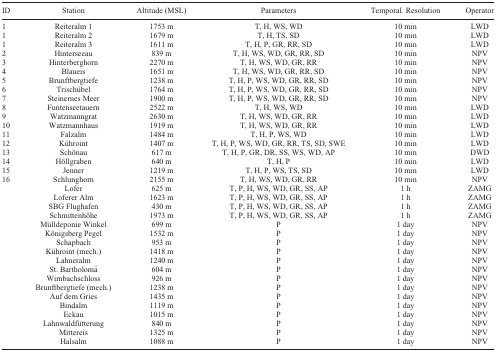
<table><thead><tr><td><b>ID</b></td><td><b>Station</b></td><td><b>Altitude (MSL)</b></td><td><b>Parameters</b></td><td><b>Temporal. Resolution</b></td><td><b>Operator</b></td></tr></thead><tbody><tr><td>1</td><td>Reiteralm 1</td><td>1753 m</td><td>T, H, WS, WD</td><td>10 min</td><td>LWD</td></tr><tr><td>1</td><td>Reiteralm 2</td><td>1679 m</td><td>T, H, TS, SD</td><td>10 min</td><td>LWD</td></tr><tr><td>1</td><td>Reiteralm 3</td><td>1611 m</td><td>T, H, P, GR, RR, SD</td><td>10 min</td><td>LWD</td></tr><tr><td>2</td><td>Hinterseeau</td><td>839 m</td><td>T, H, WS, WD, GR, RR, SD</td><td>10 min</td><td>NPV</td></tr><tr><td>3</td><td>Hinterberghorn</td><td>2270 m</td><td>T, H, WS, WD, GR, RR</td><td>10 min</td><td>NPV</td></tr><tr><td>4</td><td>Blaueis</td><td>1651 m</td><td>T, H, WS, WD, GR, RR, SD</td><td>10 min</td><td>NPV</td></tr><tr><td>5</td><td>Brunftbergtiefe</td><td>1238 m</td><td>T, H, P, WS, WD, GR, RR, SD</td><td>10 min</td><td>NPV</td></tr><tr><td>6</td><td>Trischübel</td><td>1764 m</td><td>T, H, P, WS, WD, GR, RR, SD</td><td>10 min</td><td>NPV</td></tr><tr><td>7</td><td>Steinernes Meer</td><td>1900 m</td><td>T, H, P, WS, WD, GR, RR, SD</td><td>10 min</td><td>NPV</td></tr><tr><td>8</td><td>Funtenseetauern</td><td>2522 m</td><td>T, H, WS, WD</td><td>10 min</td><td>LWD</td></tr><tr><td>9</td><td>Watzmanngrat</td><td>2630 m</td><td>T, H, WS, WD, GR, RR</td><td>10 min</td><td>LWD</td></tr><tr><td>10</td><td>Watzmannhaus</td><td>1919 m</td><td>T, H, WS, WD, GR, RR</td><td>10 min</td><td>LWD</td></tr><tr><td>11</td><td>Falzalm</td><td>1484 m</td><td>T, H, P, WS, WD</td><td>10 min</td><td>LWD</td></tr><tr><td>12</td><td>Kühroint</td><td>1407 m</td><td>T, H, P, WS, WD, GR, RR, TS, SD, SWE</td><td>10 min</td><td>LWD</td></tr><tr><td>13</td><td>Schönau</td><td>617 m</td><td>T, H, P, GR, DR, SS, WS, WD, AP</td><td>10 min</td><td>DWD</td></tr><tr><td>14</td><td>Höllgraben</td><td>640 m</td><td>T, H, P</td><td>10 min</td><td>LWD</td></tr><tr><td>15</td><td>Jenner</td><td>1219 m</td><td>T, H, P, WS, TS, SD</td><td>10 min</td><td>LWD</td></tr><tr><td>16</td><td>Schlunghorn</td><td>2155 m</td><td>T, H, WS, WD, GR, RR</td><td>10 min</td><td>NPV</td></tr><tr><td></td><td>Lofer</td><td>625 m</td><td>T, P, H, WS, WD, GR, SS, AP</td><td>1 h</td><td>ZAMG</td></tr><tr><td></td><td>Loferer Alm</td><td>1623 m</td><td>T, P, H, WS, WD, GR, SS, AP</td><td>1 h</td><td>ZAMG</td></tr><tr><td></td><td>SBG Flughafen</td><td>430 m</td><td>T, P, H, WS, WD, GR, SS, AP</td><td>1 h</td><td>ZAMG</td></tr><tr><td></td><td>Schmittenhöhe</td><td>1973 m</td><td>T, P, H, WS, WD, GR, SS, AP</td><td>1 h</td><td>ZAMG</td></tr><tr><td></td><td>Mülldeponie Winkel</td><td>699 m</td><td>P</td><td>1 day</td><td>NPV</td></tr><tr><td></td><td>Königsberg Pegel</td><td>1532 m</td><td>P</td><td>1 day</td><td>NPV</td></tr><tr><td></td><td>Schapbach</td><td>953 m</td><td>P</td><td>1 day</td><td>NPV</td></tr><tr><td></td><td>Kühroint (mech.)</td><td>1418 m</td><td>P</td><td>1 day</td><td>NPV</td></tr><tr><td></td><td>Lahneralm</td><td>1240 m</td><td>P</td><td>1 day</td><td>NPV</td></tr><tr><td></td><td>St. Bartholomä</td><td>604 m</td><td>P</td><td>1 day</td><td>NPV</td></tr><tr><td></td><td>Wimbachschloss</td><td>926 m</td><td>P</td><td>1 day</td><td>NPV</td></tr><tr><td></td><td>Brunftbergtiefe (mech.)</td><td>1238 m</td><td>P</td><td>1 day</td><td>NPV</td></tr><tr><td></td><td>Auf dem Gries</td><td>1435 m</td><td>P</td><td>1 day</td><td>NPV</td></tr><tr><td></td><td>Bindalm</td><td>1119 m</td><td>P</td><td>1 day</td><td>NPV</td></tr><tr><td></td><td>Eckau</td><td>1015 m</td><td>P</td><td>1 day</td><td>NPV</td></tr><tr><td></td><td>Lahnwaldfütterung</td><td>840 m</td><td>P</td><td>1 day</td><td>NPV</td></tr><tr><td></td><td>Mittereis</td><td>1325 m</td><td>P</td><td>1 day</td><td>NPV</td></tr><tr><td></td><td>Halsalm</td><td>1088 m</td><td>P</td><td>1 day</td><td>NPV</td></tr></tbody></table>